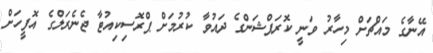
އޭނާގެ މައްޗަށް މިހާރު ވަނީ ކޮރަޕްޝަންގެ ދައުވާ ކުރުމަށް ޕްރޮސިކިއުޓާ ޖެނެރަލްގެ އޮފީހަށް